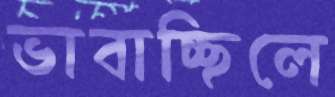
ভাবাচ্ছিলে